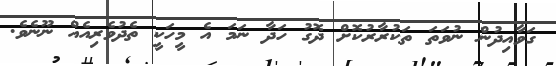
ގަވާއިދުން ނުވަތަ ތަކުރާރުކޮށް ދޮގު ހަދާ ނަމަ އެ މީހަކީ ތެދުވެރިއެއް ނޫނެވެ.